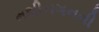
મશીનગનની